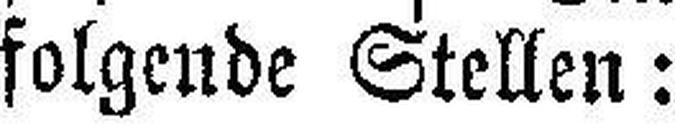
folgende Stellen: